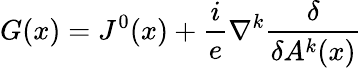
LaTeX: G(x)=J^{0}(x)+\frac ie\nabla^{k}\frac\delta{\delta A^{k}(x)}